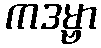
ကဒမ္ဗာ